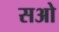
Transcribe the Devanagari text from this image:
सओ